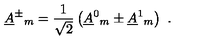
\underline { { A } } ^ { \pm } { } _ { m } = \frac { 1 } { \sqrt { 2 } } \left( \underline { { A } } ^ { 0 } { } _ { m } \pm \underline { { A } } ^ { 1 } { } _ { m } \right) \ .